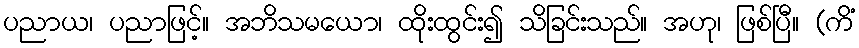
ပညာယ၊ ပညာဖြင့်။ အဘိသမယော၊ ထိုးထွင်း၍ သိခြင်းသည်။ အဟု၊ ဖြစ်ပြီ။ (ကိံ